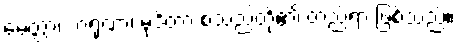
မေတ္တာ၊ ကရုဏာ၊ မုဒိတာ စသည်တို့၏ တည်ရာ ဖြစ်သည်။